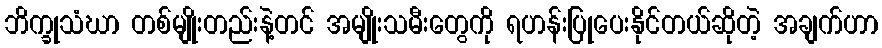
ဘိက္ခုသံဃာ တစ်မျိုးတည်းနဲ့တင် အမျိုးသမီးတွေကို ရဟန်းပြုပေးနိုင်တယ်ဆိုတဲ့ အချက်ဟာ